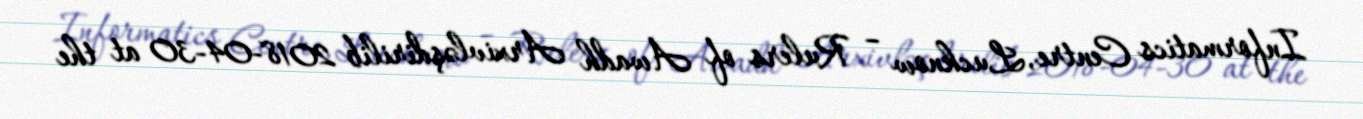
Informatics Centre, Lucknow – Rulers of Awadh Arxivləşdirilib 2018-04-30 at the